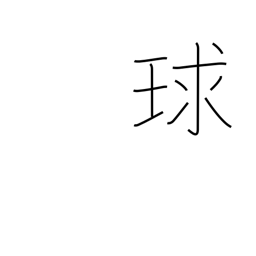
Meaning: sphere